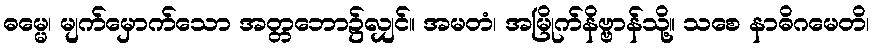
ဓမ္မေ၊ မျက်မှောက်သော အတ္တဘော၌လျှင်။ အမတံ၊ အမြိုက်နိဗ္ဗာန်သို့။ သစေ နာဓိဂမေတိ၊